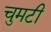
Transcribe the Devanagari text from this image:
चुमटी